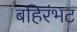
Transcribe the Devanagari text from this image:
बहिरंभट